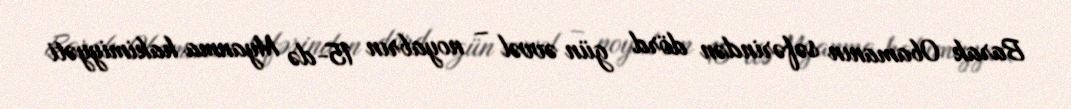
Barak Obamanın səfərindən dörd gün əvvəl – noyabrın 15-də Myanma hakimiyyəti